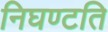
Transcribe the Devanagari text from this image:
निघण्टति